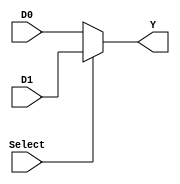
`timescale 1ns / 1ps

module mux2 #(parameter WIDTH = 8)(
    input [WIDTH-1:0] D0,
	 input [WIDTH-1:0] D1,
    output [WIDTH-1:0] Y,
    input   Select
    );
	assign Y =Select?D1:D0;
endmodule